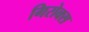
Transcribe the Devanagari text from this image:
गिरोक्स